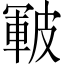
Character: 皸